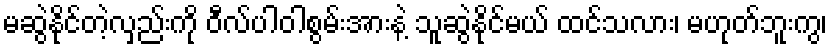
မဆွဲနိုင်တဲ့လှည်းကို ဝီလ်ပါဝါစွမ်းအားနဲ့ သူဆွဲနိုင်မယ် ထင်သလား၊ မဟုတ်ဘူးကွ၊